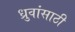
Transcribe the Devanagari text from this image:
ध्रुवांसाठी